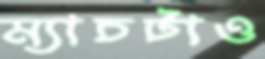
ম্যাচটাও